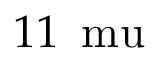
1 1 \, \mathrm { \ m u }